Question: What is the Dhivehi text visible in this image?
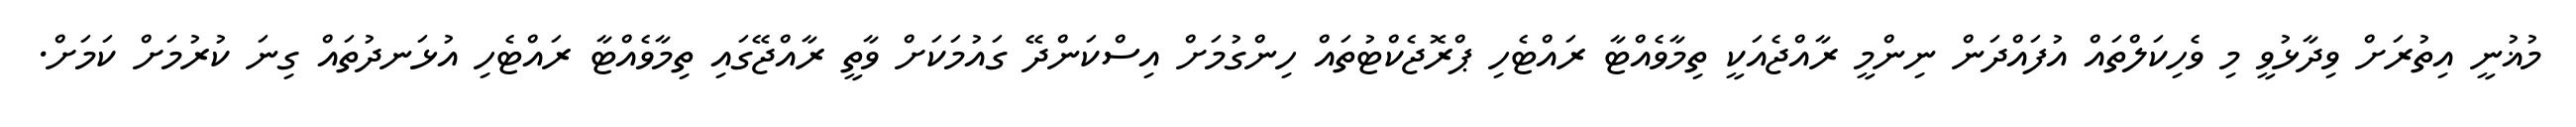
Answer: މުޣުނީ އިތުރަށް ވިދާޅުވީ މި ވެހިކަލްތައް އުފައްދަން ނިންމީ ރާއްޖެއަކީ ތިމާވެއްޓާ ރައްޓެހި ޕްރޮޖެކްޓުތައް ހިންގުމަށް އިސްކަންދޭ ގައުމަކަށް ވާތީ ރާއްޖޭގައި ތިމާވެއްޓާ ރައްޓެހި އުޅަނދުތައް ގިނަ ކުރުމަށް ކަމަށް.